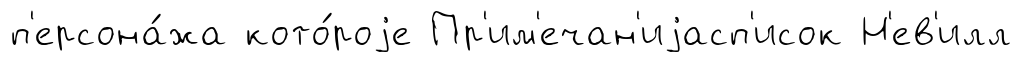
п'ерсона́жа кото́роjе Пр'им'ечан'иjасп'исок Н'ев'илл